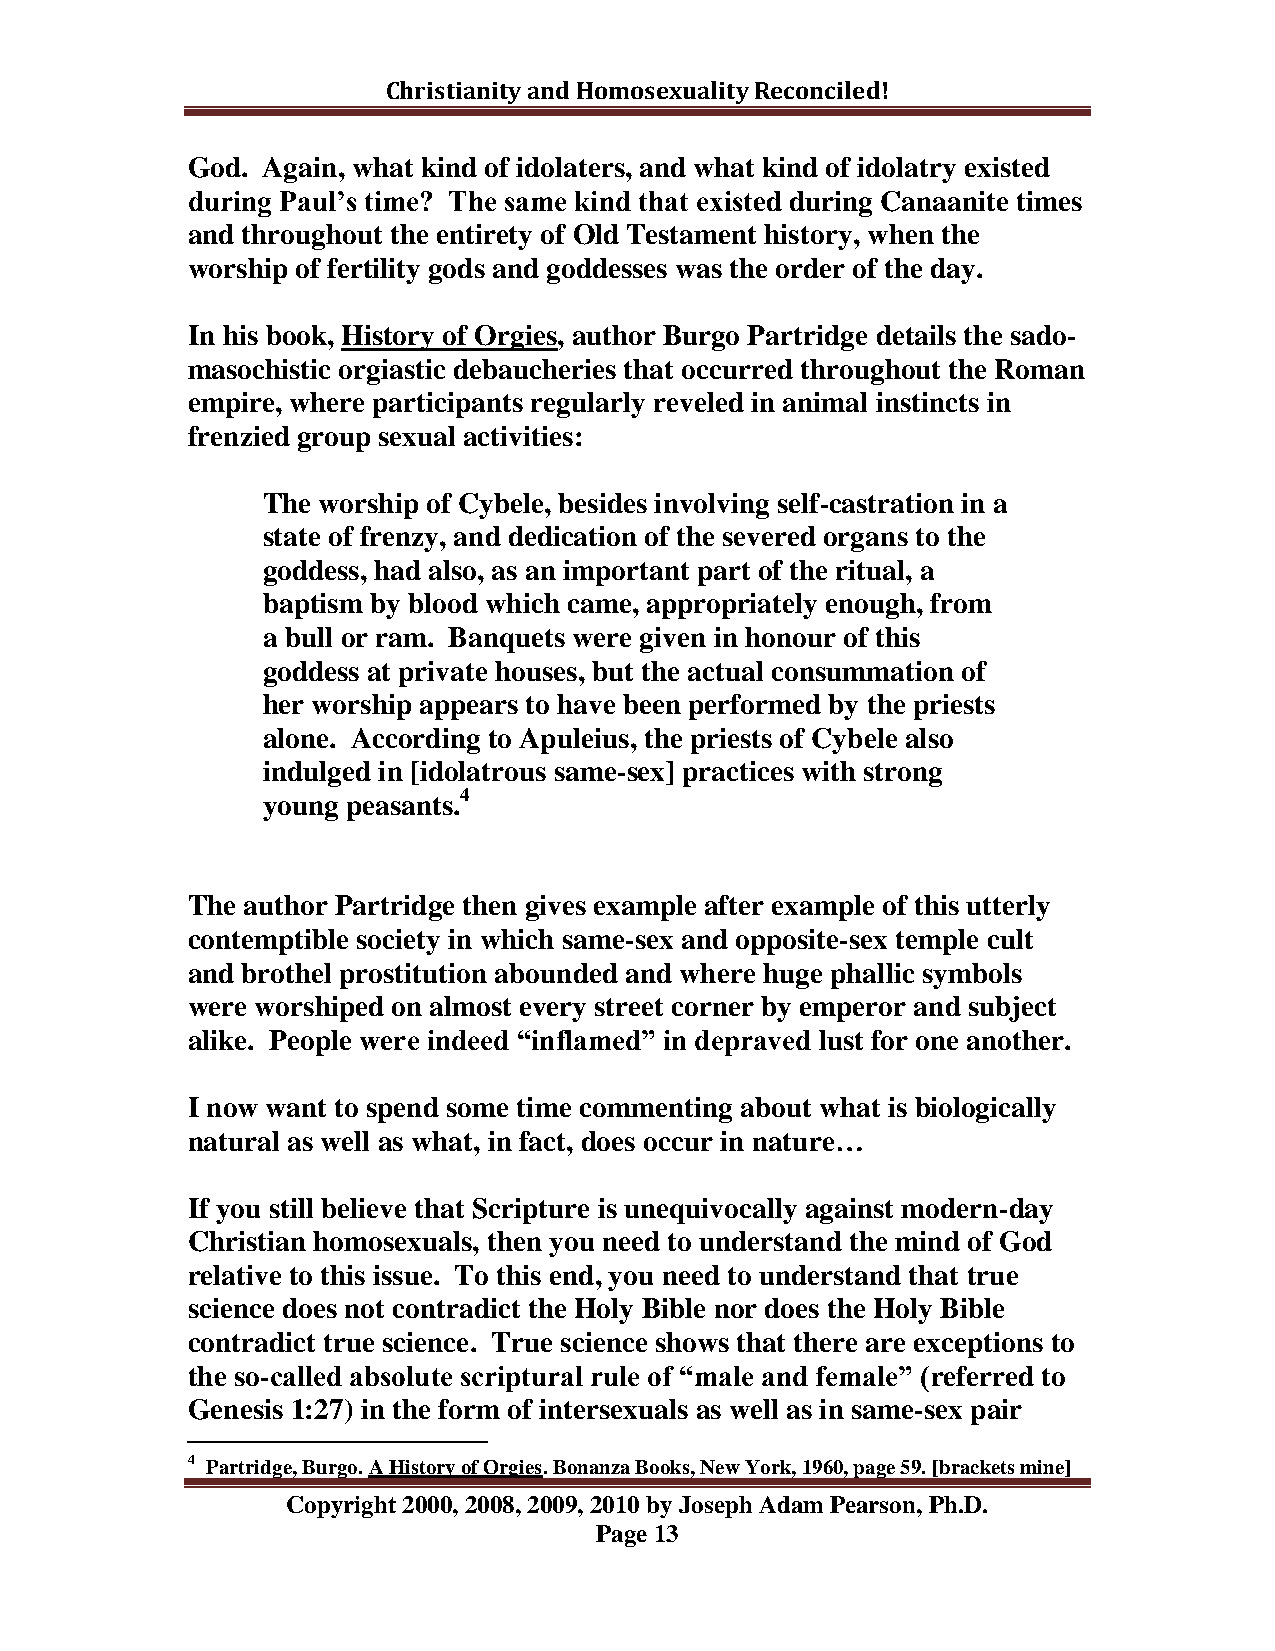
Christianity and Homosexuality Reconciled!
 God. Again, what kind of idolaters, and what kind of idolatry existed
 during Paul‟s time? The same kind that existed during Canaanite times
 and throughout the entirety of Old Testament history, when the
 worship of fertility gods and goddesses was the order of the day.
 In his book, History of Orgies, author Burgo Partridge details the sado-
 masochistic orgiastic debaucheries that occurred throughout the Roman
 empire, where participants regularly reveled in animal instincts in
 frenzied group sexual activities:
 The worship of Cybele, besides involving self-castration in a
 state of frenzy, and dedication of the severed organs to the
 goddess, had also, as an important part of the ritual, a
 baptism by blood which came, appropriately enough, from
 a bull or ram. Banquets were given in honour of this
 goddess at private houses, but the actual consummation of
 her worship appears to have been performed by the priests
 alone. According to Apuleius, the priests of Cybele also
 indulged in [idolatrous same-sex] practices with strong
 young peasants.4
 The author Partridge then gives example after example of this utterly
 contemptible society in which same-sex and opposite-sex temple cult
 and brothel prostitution abounded and where huge phallic symbols
 were worshiped on almost every street corner by emperor and subject
 alike. People were indeed “inflamed” in depraved lust for one another.
 I now want to spend some time commenting about what is biologically
 natural as well as what, in fact, does occur in nature…
 If you still believe that Scripture is unequivocally against modern-day
 Christian homosexuals, then you need to understand the mind of God
 relative to this issue. To this end, you need to understand that true
 science does not contradict the Holy Bible nor does the Holy Bible
 contradict true science. True science shows that there are exceptions to
 the so-called absolute scriptural rule of “male and female” (referred to
 Genesis 1:27) in the form of intersexuals as well as in same-sex pair
 4 Partridge, Burgo. A History of Orgies. Bonanza Books, New York, 1960, page 59. [brackets mine]
 Copyright 2000, 2008, 2009, 2010 by Joseph Adam Pearson, Ph.D.
 Page 13